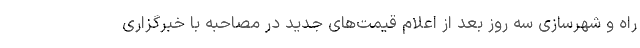
راه و شهرسازی سه روز بعد از اعلام قیمت‌های جدید در مصاحبه با خبرگزاری